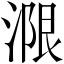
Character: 𱧭